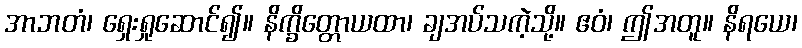
အာဘတံ၊ ရှေးရှုဆောင်၍။ နိက္ခိတ္တောယထာ၊ ချအပ်သကဲ့သို့။ ဧဝံ၊ ဤအတူ။ နိရယေ၊